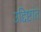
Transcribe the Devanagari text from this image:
उद्दिष्टांत